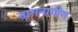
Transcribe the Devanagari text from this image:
नागनागीण